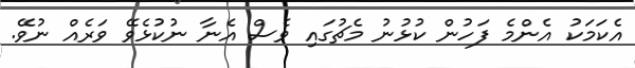
އެކަމަކު އެންމެ ފަހުން ކުޅުނު މެޗުގައި ވެސް އެނާ ނުކުޅެވޭ ވަރެއް ނުވޭ.